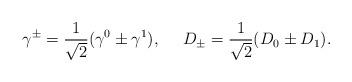
LaTeX: \begin{align*}\gamma^\pm = {1\over \sqrt{2}} (\gamma^0 \pm \gamma^1),\,\,\,\,\,\,\,\, D_\pm = {1\over \sqrt{2}} (D_0 \pm D_1).\end{align*}